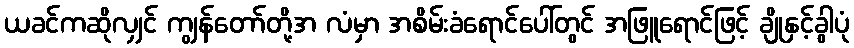
ယခင်ကဆိုလျှင် ကျွန်တော်တို့အ လံမှာ အစိမ်းခံရောင်ပေါ်တွင် အဖြူရောင်ဖြင့် ချိုနှင့်ခွါပုံ